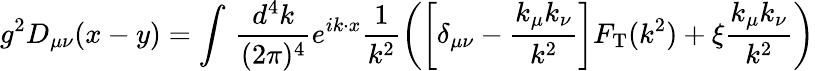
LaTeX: g^{2}D_{\mu\nu}(x-y)=\int\, \frac{d^{4}k}{(2\pi)^{4}}e^{ik\cdot x}\frac{1}{k^{2}}\left(\left[\delta_{\mu\nu}-\frac{k_{\mu}k_{\nu}}{k^{2}}\right]F_{\mathrm{T}}(k^{2})+\xi\frac{k_{\mu}k_{\nu}}{k^{2}}\right)